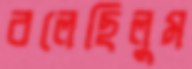
বলেছিলুম